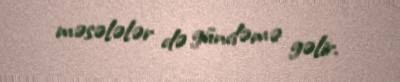
məsələlər də gündəmə gəlir.